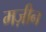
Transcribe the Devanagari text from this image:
मज़ीन